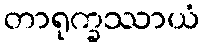
တာရုက္ခဿာယံ